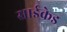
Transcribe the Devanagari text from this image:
साईकेड